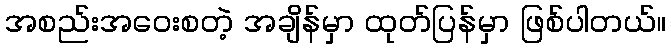
အစည်းအဝေးစတဲ့ အချိန်မှာ ထုတ်ပြန်မှာ ဖြစ်ပါတယ်။